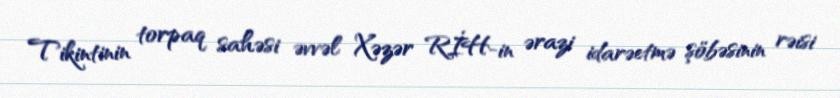
Tikintinin torpaq sahəsi əvvəl Xəzər RİH-in ərazi idarəetmə şöbəsinin rəisi